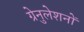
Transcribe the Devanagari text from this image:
ग्रेनुलेशनों